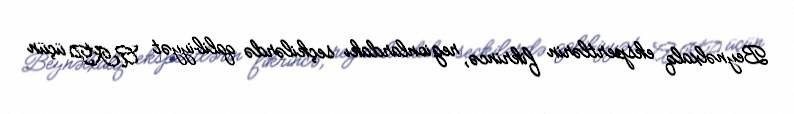
Beynəlxalq ekspertlərin fikrincə, regionlardakı seçkilərdə qalibiyyət AKP üçün